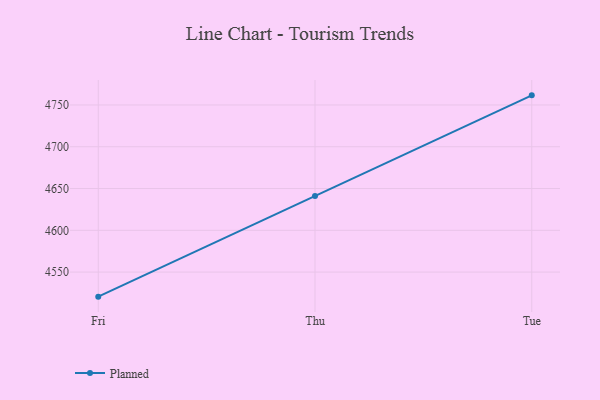
{"axis": {"x": "Day", "y": "Budget (USD K)"}, "legend": ["Planned"], "data": [{"x": "Fri", "y": 4520.6, "type": "Planned"}, {"x": "Thu", "y": 4641.1, "type": "Planned"}, {"x": "Tue", "y": 4761.5, "type": "Planned"}]}